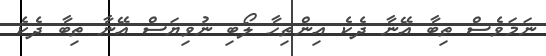
ނަމަވެސް ތިބާ އޭނާ ދެކެ އިންތިހާ ލޯބި ނުވިޔަސް އޭނާ ތިބާ ދެކެ